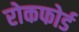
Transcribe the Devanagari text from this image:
रोकफोर्ड